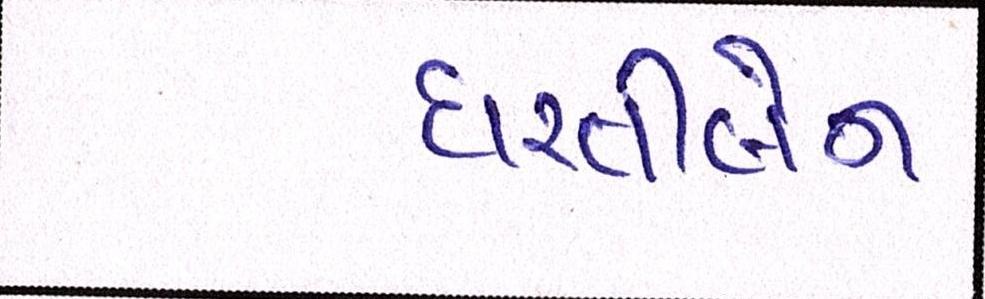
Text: ધરતીબેન